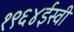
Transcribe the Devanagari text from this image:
१९६४ईस्वी